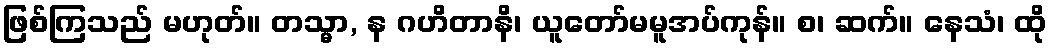
ဖြစ်ကြသည် မဟုတ်။ တသ္မာ, န ဂဟိတာနိ၊ ယူတော်မမူအပ်ကုန်။ စ၊ ဆက်။ နေသံ၊ ထို